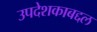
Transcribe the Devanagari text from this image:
उपदेशकाबद्दल